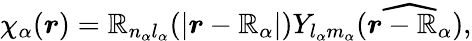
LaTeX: \chi_{\alpha}(\boldsymbol{r})=\mathbb{R}_{n_{\alpha}l_{\alpha}}(|\boldsymbol{r}-\boldsymbol{\mathbb{R}}_{\alpha}|)Y_{l_{\alpha}m_{\alpha}}(\widehat{{\boldsymbol{r}-\boldsymbol{\mathbb{R}}_{\alpha}}}),